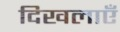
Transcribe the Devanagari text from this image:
दिखलाएँ